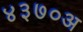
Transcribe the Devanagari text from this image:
४३७०अ